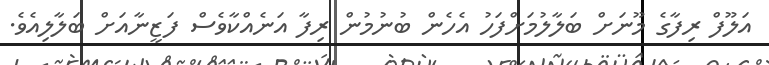
އަލޫފް ރިފާގެ މޫނަށް ބަލާލުމަށްފަހު އެހެން ބުނުމުން ރިފާ އަނެއްކާވެސް ފަޒީނާއަށް ބަލާލިއެވެ.